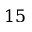
1 5